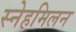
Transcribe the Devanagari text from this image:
स्नेहमिलन